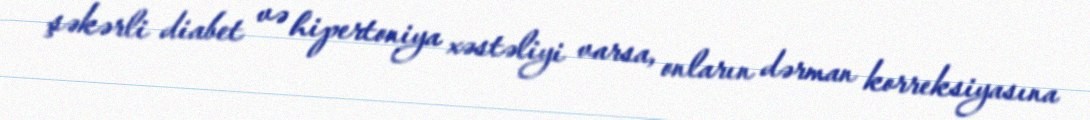
şəkərli diabet və hipertoniya xəstəliyi varsa, onların dərman korreksiyasına